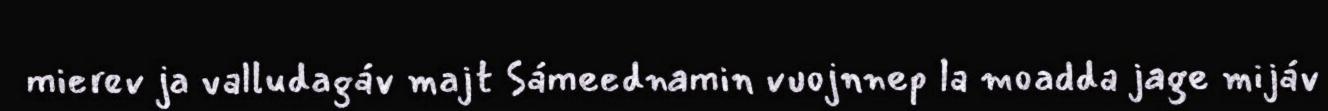
mierev ja valludagáv majt Sámeednamin vuojnnep la moadda jage mijáv